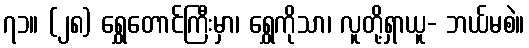
၇၁။ (၂၈) ရွှေတောင်ကြီးမှာ၊ ရွှေကိုသာ၊ လူတို့ရှာယူ- ဘယ်မစဲ။